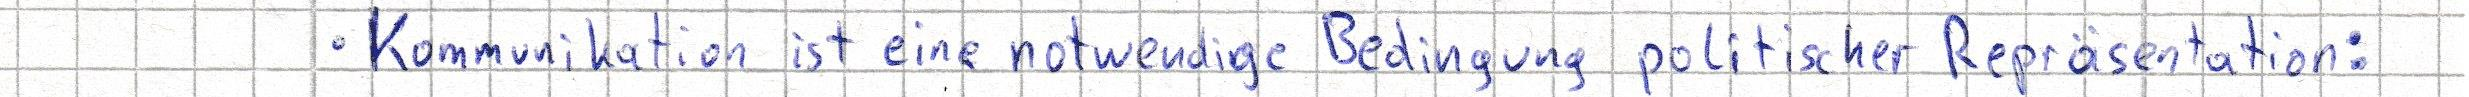
- Kommunikation ist eine notwendige Bedingung politischer Repräsentation: